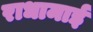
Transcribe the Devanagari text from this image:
राधामाई